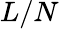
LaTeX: L/N